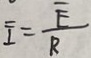
\overline { I } = \frac { \overline { E } } { R }